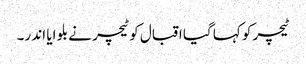
ٹیچر کو کہا گیا اقبال کو ٹیچر نے بلو ایا اند ر۔